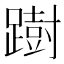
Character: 𨅒